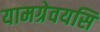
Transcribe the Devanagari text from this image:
यामग्रेवयसि